Civil Veterinary Department Bihar & Orissa reports 1929-36 - 1929-1936
Year: 1929
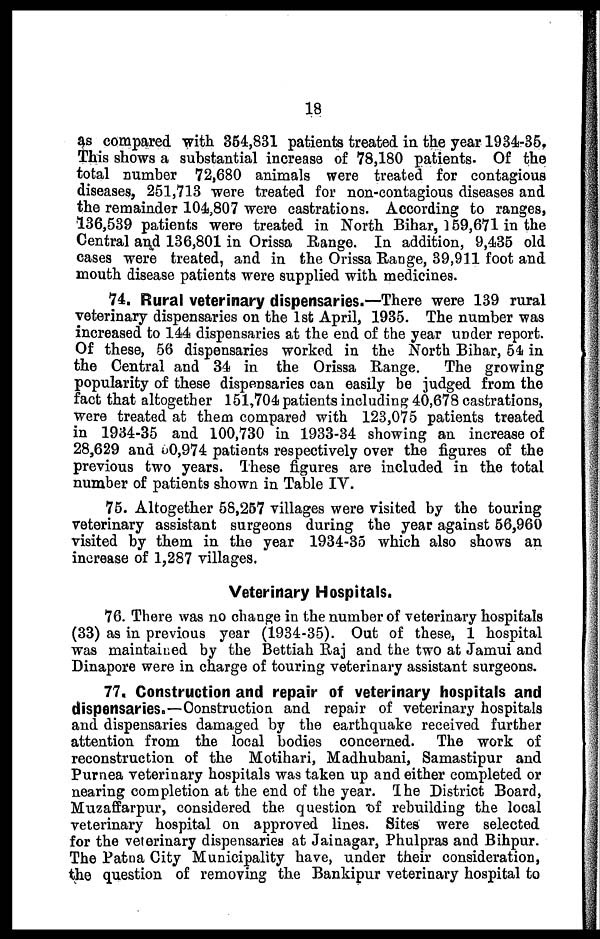
18
as compared with 364,831 patients treated in the year 1934-35
This shows a substantial increase of 78,180 patients. Of the
total number 72,680 animals were treated for contagious
diseases, 251,713 were treated for non-contagious diseases and
the remainder 104,807 were castrations. According to ranges
136,539 patients were treated in North Bihar, 159,671 in the
Central and 136,801 in Orissa Range. In addition, 9,435 old
cases were treated, and in the Orissa Range, 39,911 foot and
mouth disease patients were supplied with medicines.
74. Rural veterinary dispensaries.—There were 139 rura
veterinary dispensaries on the 1st April, 1935. The number was
increased to 144 dispensaries at the end of the year under report.
Of these, 56 dispensaries worked in the North Bihar, 54 in
the Central and 34 in the Orissa Range.
The growing
popularity of these dispensaries can easily be judged from the
fact that altogether 151,704 patients including 40,678 castrations,
were treated at them compared with 123,075 patients treated
in 1934-35 and 100,730 in 1933-34 showing an increase of
28,629 and 50,974 patients respectively over the figures of the
previous two years. These figures are included in the total
number of patients shown in Table IV.
75. Altogether 58,257 villages were visited by the touring
veterinary assistant surgeons during the year against 56,960
visited by them in the year 1934-35 which also shows an
increase of 1,287 villages.
Veterinary Hospitals.
76. There was no change in the number of veterinary hospitals
(33) as in previous year (1934-35). Out of these, 1 hospital
was maintained by the Bettiah Raj and the two at Jamui and
Dinapore were in charge of touring veterinary assistant surgeons.
77. Construction and repair of veterinary hospitals and
dispensaries.—Construction and repair of veterinary hospitals
and dispensaries damaged by the earthquake received further
attention from the local bodies concerned. The work of
reconstruction of the Motihari, Madhubani, Samastipur and
Purnea veterinary hospitals was taken up and either completed or
nearing completion at the end of the year. The District Board,
Muzaffarpur, considered the question of rebuilding the local
veterinary hospital on approved lines. Sites were selected
for the veterinary dispensaries at Jainagar, Phulpras and Bihpur.
The Patna City Municipality have, under their consideration,
the question of removing the Bankipur veterinary hospital to